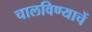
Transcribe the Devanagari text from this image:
चालविण्याचें